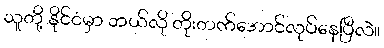
သူတို့ နိုင်ငံမှာ ဘယ်လို တိုးတက်အောင်လုပ်နေပြီလဲ။